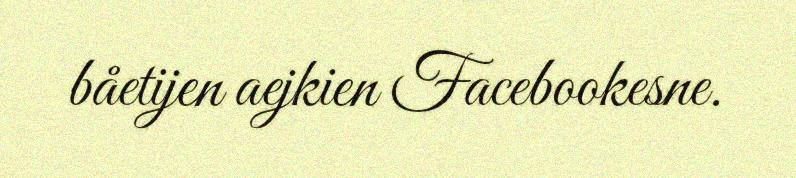
båetijen aejkien Facebookesne.